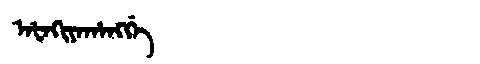
Manchu: ᠠᡶᠠᡴᡳᠶᠠᡥᠠᠩᡤᡝ
Romanization: AFAKIYAHANGGE